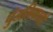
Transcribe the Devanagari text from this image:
पुंडलिकाची